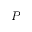
P